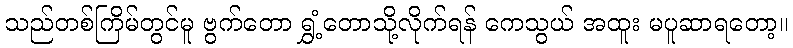
သည်တစ်ကြိမ်တွင်မူ ဗွက်တော ရွှံ့တောသို့လိုက်ရန် ကေသွယ် အထူး မပူဆာရတော့။